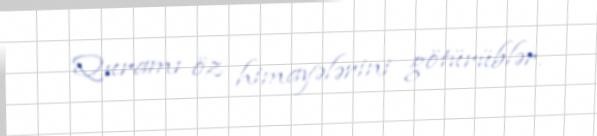
Quramı öz himayələrini götürüblər.